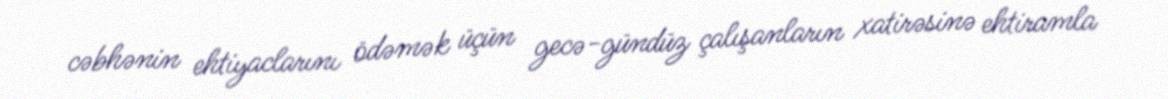
cəbhənin ehtiyaclarını ödəmək üçün gecə-gündüz çalışanların xatirəsinə ehtiramla